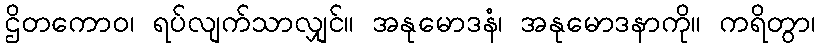
ဌိတကောဝ၊ ရပ်လျက်သာလျှင်။ အနုမောဒနံ၊ အနုမောဒနာကို။ ကရိတွာ၊